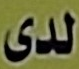
لدى